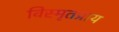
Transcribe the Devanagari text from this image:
विस्मृतप्राय